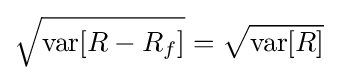
{\sqrt {\mathrm {var} [R-R_{f}]}}={\sqrt {\mathrm {var} [R]}}